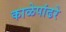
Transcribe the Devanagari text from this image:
काळेपांढरे